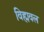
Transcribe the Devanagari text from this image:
विह्मवल